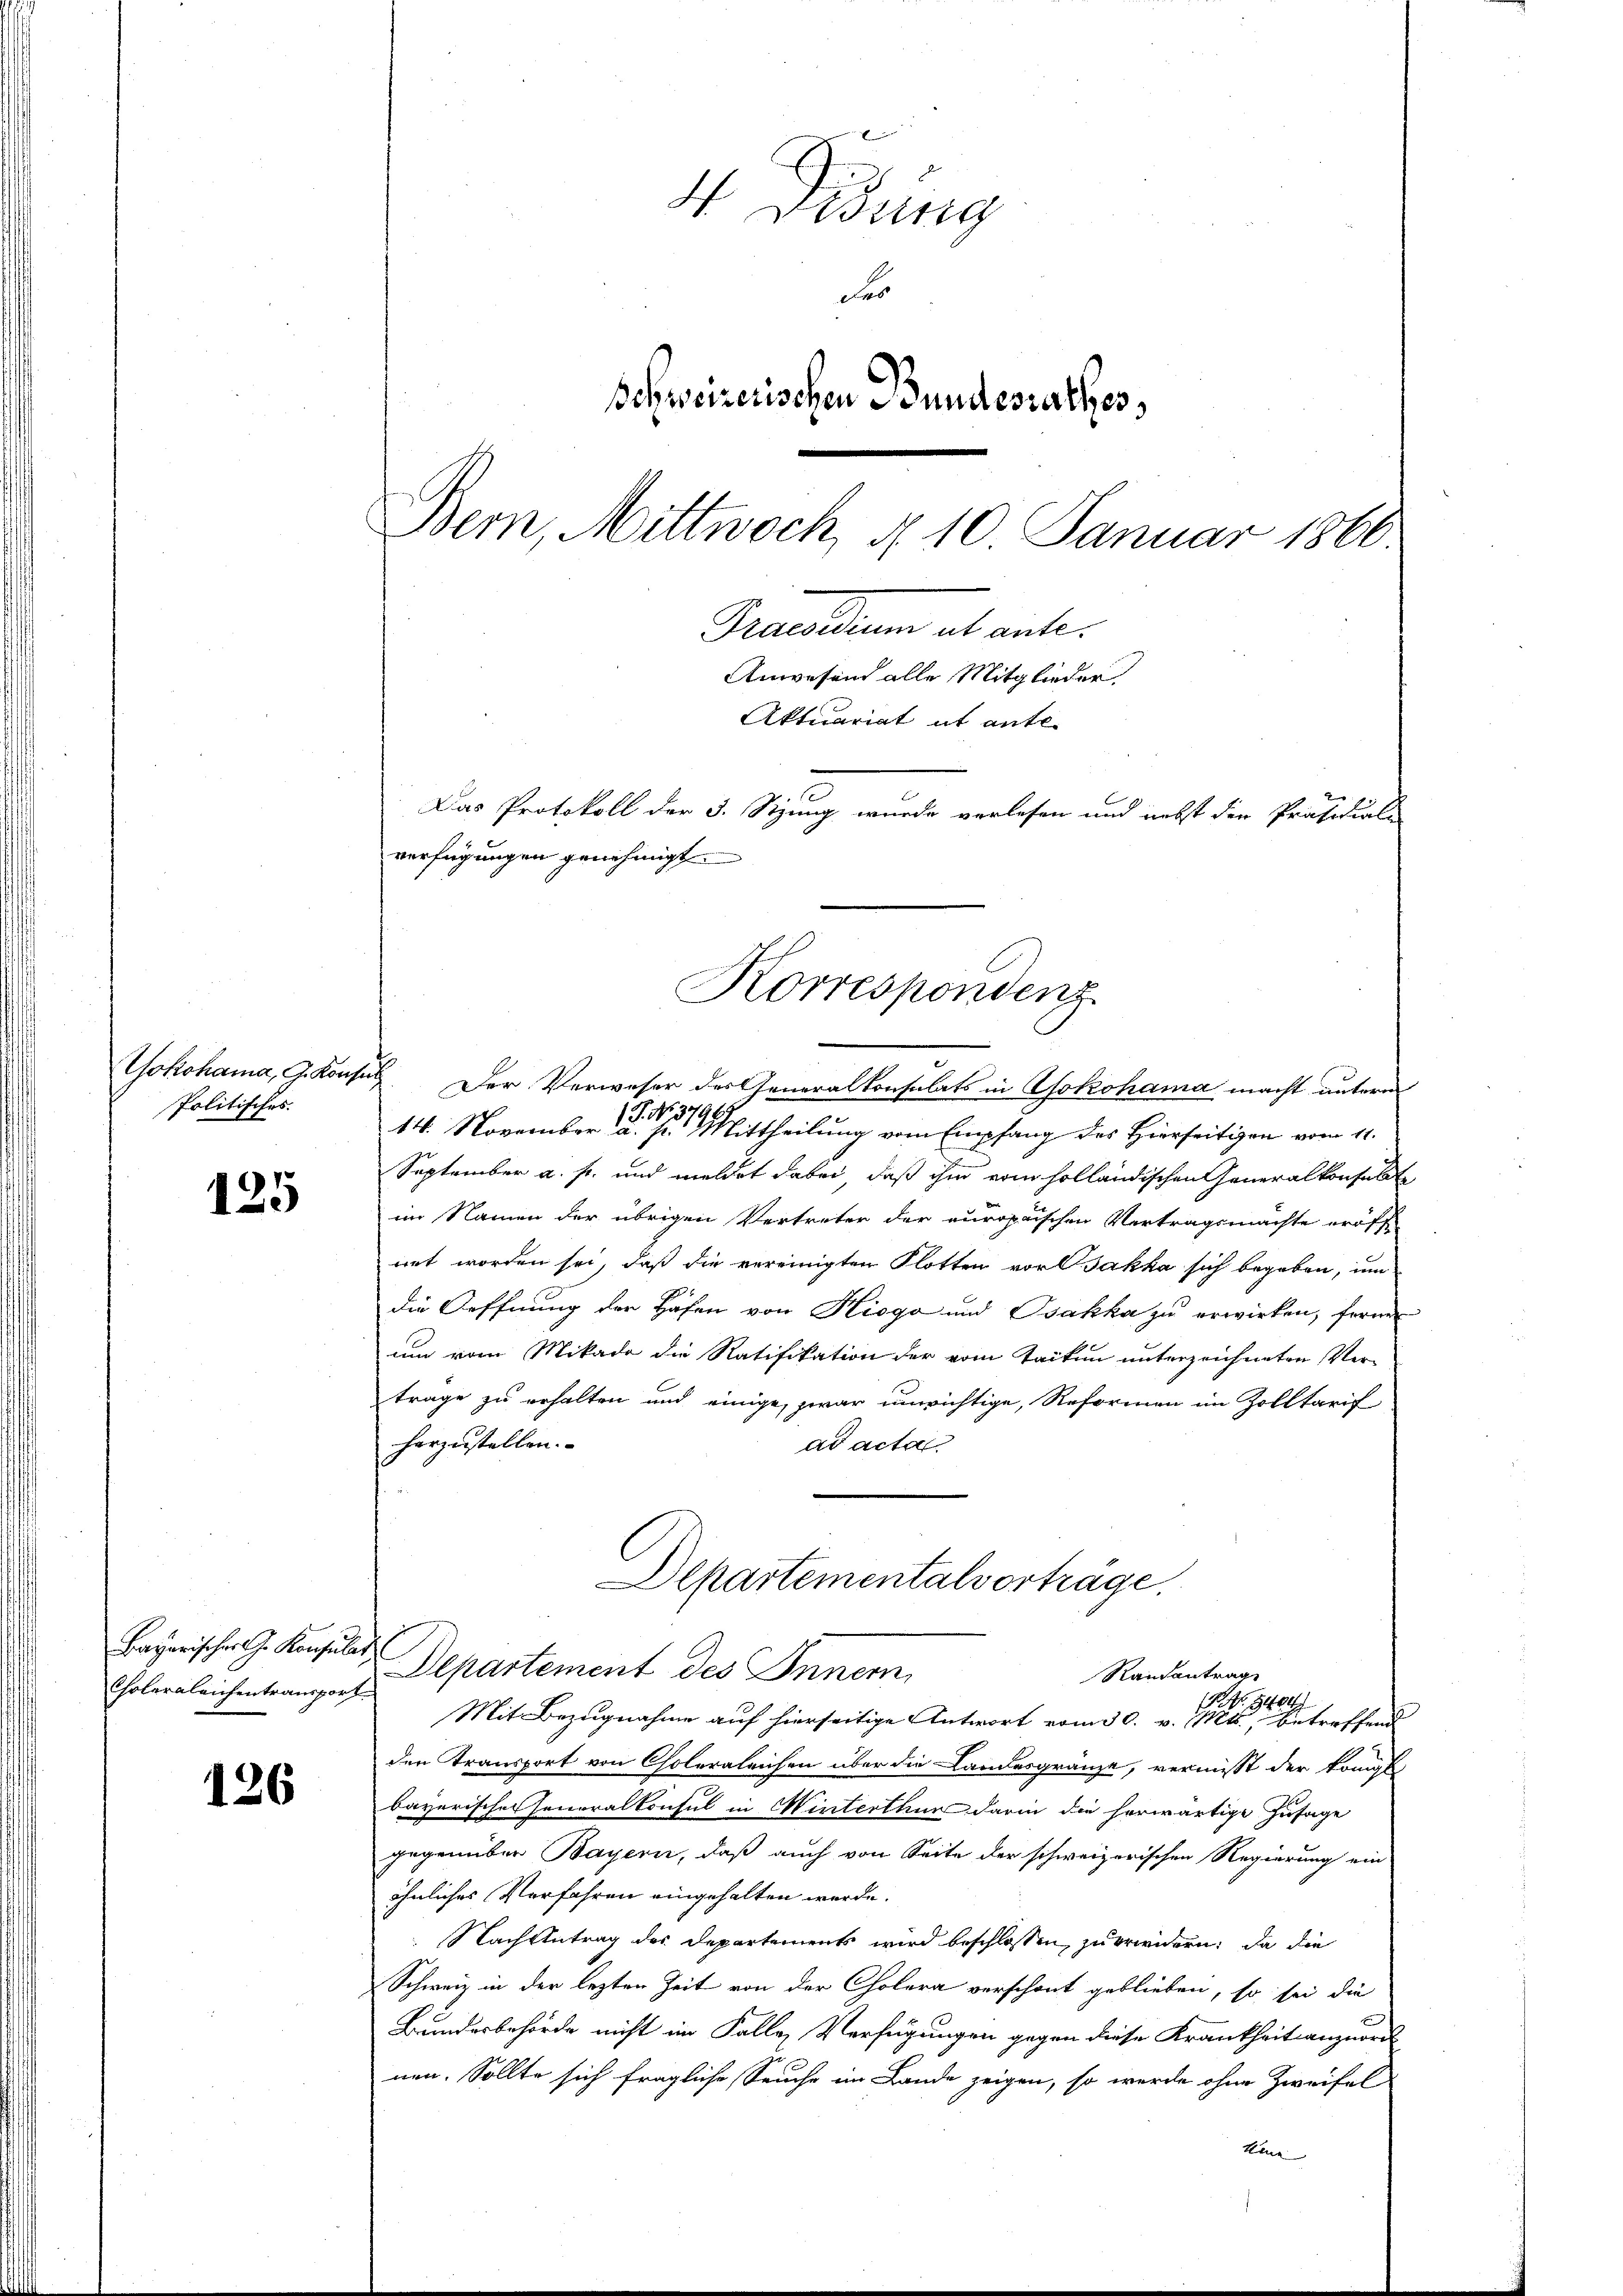
Yokohama, G. Konz
Politisches.

125

Bayerischer C. Konsular
Cholergleichentransport

126

H Visung
Fo
Schweizerischen Bundesrathes,
Bern, Mittwoch, § 10 Januar 1866
Praesidium ab ante.
Anwesen alle Mitglieder,
Aktuariat it ante-
Das Protokoll der 5. Stung wurde verlesen und nebst die Präsidial-
verfügungen genehmigt.

Korrespondenz

Der Verweser des Generalkonsulats in Yokohama macht unterm
P. No. 3796.
14. November a. p. Mittheilung vom Empfang des Hierseitigen vom 11.
September a. f. und meldet dabei, daß ihm vom holländischen Generalkonsult
im Namen der übrigen Vertreter der auropaischen Vertragsmachte eröff
net worden sei, daß die vereinigten Flotten vor Jakka sich begeben, um
die Oeffnung der Häfen von Hiogo und Bakka zu erwirken, ferner
um vom Mikado die Ratifikation der vom Taiten unterzeichneten Vertrage zu erhalten und einige, zwar unwichtige, Reformen im Zolltarif
horzustellen. |
ad acta
Departementalverträge
Departement des Inner
Raisantrag
 NNo. 1404/
Mit Bezugnahme auf hierseitige Antwort vom 30. v. Mts., betreffend
den Transport von Cholergleichen über die Landesgränze, vermisst der Königs
bayerisches Generalkonsul in Winterthur darin die herwärtige Zusage
gegenüber Bayern, daß auch von Seite der schweizerischen Regierung ein
ähnliches Verfahren eingehalten werde.
 Nach Antrag des Departements wird beschlossen, zu erwidern: da die
Schweiz in der lezten Zeit von der Cholera verschont geblieben, so sei die
Bundesbehörde nicht im Falle Verfügungen gegen diese Krankheit anzuord
nen. Sollte sich fragliche Seuche im Lande zeigen, so werde ohne Zweifel
kene